Scientific memoirs by medical officers of the Army of India - Part XII,
Year: 1901
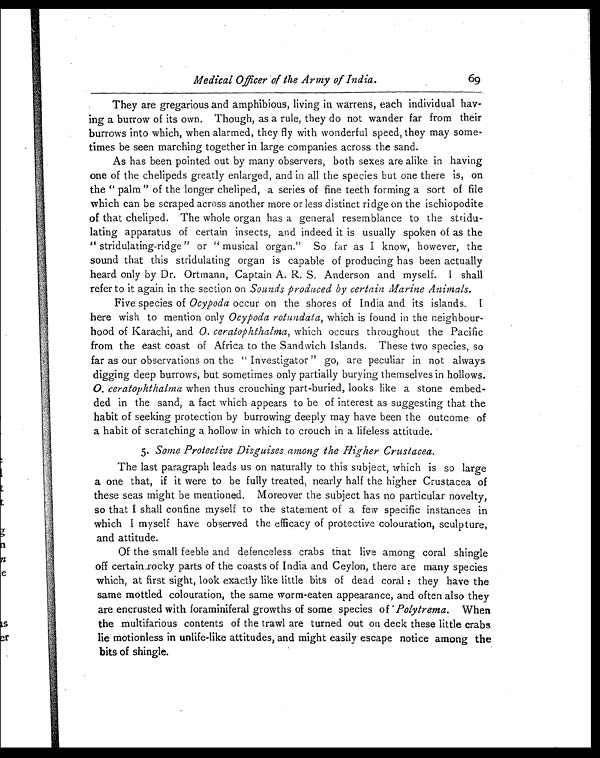
Medical Officer of the Army of India.
69
They are gregarious and amphibious, living in warrens, each individual hav-
ing a burrow of its own. Though, as a rule, they do not wander far from their
burrows into which, when alarmed, they fly with wonderful speed, they may some-
times be seen marching together in large companies across the sand.
As has been pointed out by many observers, both sexes are alike in having
one of the chelipeds greatly enlarged, and in all the species but one there is, on
the " palm " of the longer cheliped, a series of fine teeth forming a sort of file
which can be scraped across another more or less distinct ridge on the ischiopodite
of that cheliped. The whole organ has a general resemblance to the stridu-
lating apparatus of certain insects, and indeed it is usually spoken of as the
" stridulating-ridge " or " musical organ." So far as I know, however, the
sound that this stridulating organ is capable of producing has been actually
heard only by Dr. Ortmann, Captain A. R. S. Anderson and myself. I shall
refer to it again in the section on Sounds produced by certain Marine Animals.
Five species of Ocypoda occur on the shores of India and its islands. I
here wish to mention only Ocypoda rotundata, which is found in the neighbour-
hood of Karachi, and O . ceratophthalma, which occurs throughout the Pacific
from the east coast of Africa to the Sandwich Islands. These two species, so
far as our observations on the " Investigator " go, are peculiar in not always
digging deep burrows, but sometimes only partially burying themselves in hollows.
O . ceratophthalma when thus crouching part-buried, looks like a stone embed-
ded in the sand, a fact which appears to be of interest as suggesting that the
habit of seeking protection by burrowing deeply may have been the outcome of
a habit of scratching a hollow in which to crouch in a lifeless attitude.
5. Some Protective Disguises among the Higher Crustacea.
The last paragraph leads us on naturally to this subject, which is so large
a one that, if it were to be fully treated, nearly half the higher Crustacea of
these seas might be mentioned. Moreover the subject has no particular novelty,
so that I shall confine myself to the statement of a few specific instances in
which I myself have observed the efficacy of protective colouration, sculpture,
and attitude.
Of the small feeble and defenceless crabs that live among coral shingle
off certain rocky parts of the coasts of India and Ceylon, there are many species
which, at first sight, look exactly like little bits of dead coral : they have the
same mottled colouration, the same worm-eaten appearance, and often also they
are encrusted with foraminiferal growths of some species of Polytrema. When
the multifarious contents of the trawl are turned out on deck these little crabs.
lie motionless in unlife-like attitudes, and might easily escape notice among the
bits of shingle.